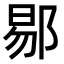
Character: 𬪉